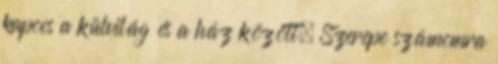
kapocs a külvilág és a ház között. Szerepe számomra